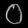
Digit: ၀